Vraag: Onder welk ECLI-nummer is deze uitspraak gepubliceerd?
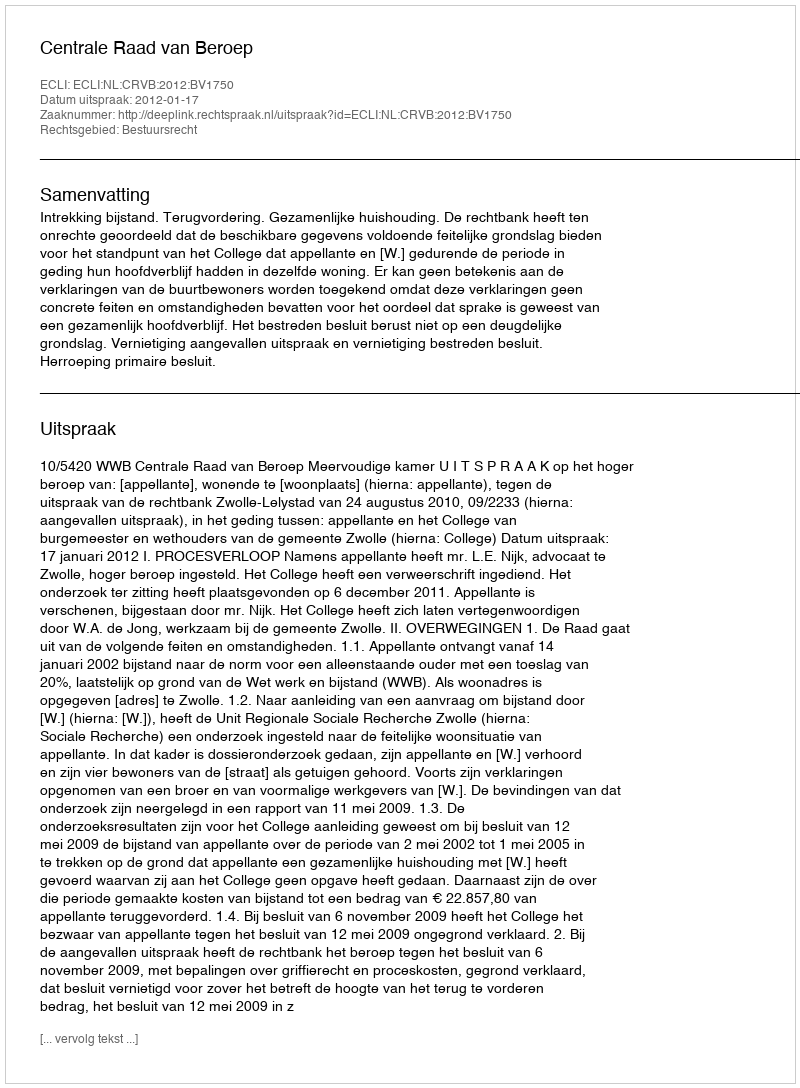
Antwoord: ECLI:NL:CRVB:2012:BV1750